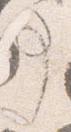
事